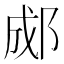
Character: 郕